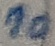
Text: 10